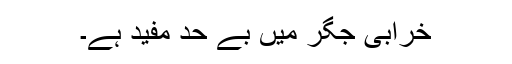
خرابی جگر میں بے حد مفید ہے۔